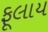
ફૂલાય